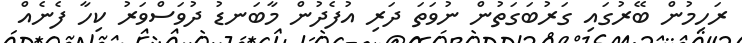
ރަހިމުން ބޭރުގައި ގަރުބަގަތުން ނުވަތަ ދަރި އުފެދުން މާބަނޑު ދުވަސްވަރު ކިހާ ފެނެއް